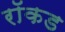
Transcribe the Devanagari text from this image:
रॉकड